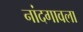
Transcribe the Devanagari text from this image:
नांदगावला